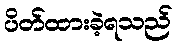
ပိတ်ထားခဲ့ရသည်